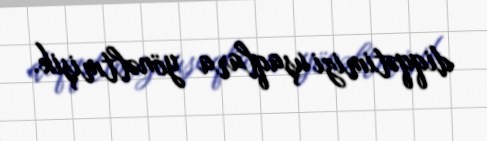
diqqətimizi uşaqlara yönəltmişik.